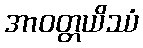
အာဝတ္တယိဿံ